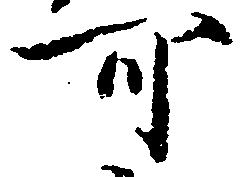
可